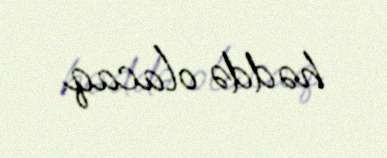
həddə olacaq.